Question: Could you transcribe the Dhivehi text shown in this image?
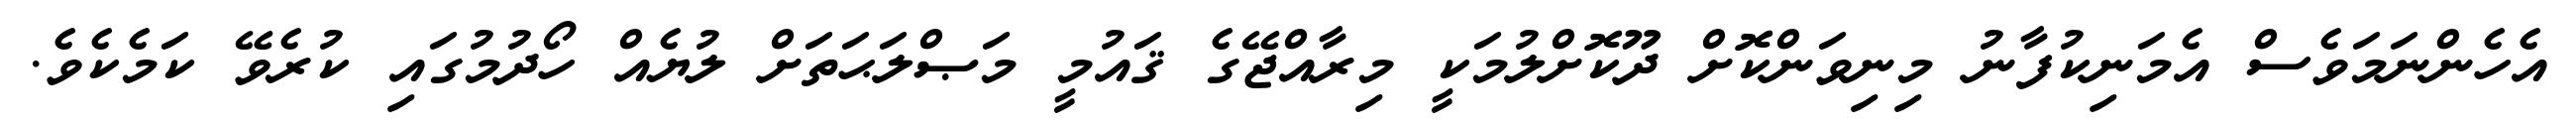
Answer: އެހެންނަމަވެސް އެމަނިކުފާނު މިނިވަންކޮށް ދޫކޮށްލުމަކީ މިރާއްޖޭގެ ޤައުމީ މަޞްލަޙަތަށް ލުޔެއް ހޯދުމުގައި ކުރެވޭ ކަމެކެވެ.